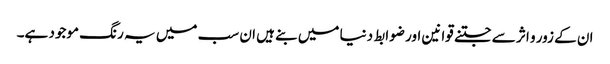
ان کے زور و اثر سے جتنے قوانین اور ضوابط دنیا میں بنے ہیں ان سب میں یہ رنگ موجود ہے۔